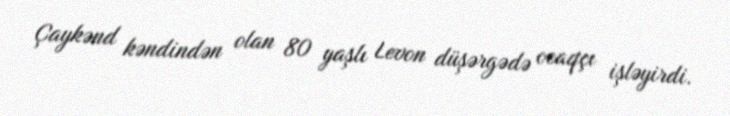
Çaykənd kəndindən olan 80 yaşlı Levon düşərgədə ocaqçı işləyirdi.